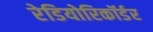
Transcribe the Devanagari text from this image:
रेडियोरिकॉर्डर